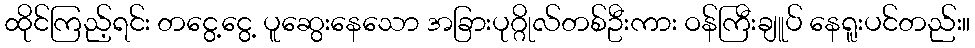
ထိုင်ကြည့်ရင်း တငွေ့ငွေ့ ပူဆွေးနေသော အခြားပုဂ္ဂိုလ်တစ်ဦးကား ဝန်ကြီးချူပ် နေရူးပင်တည်း။